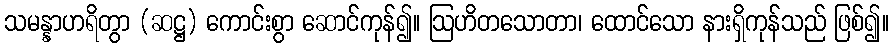
သမန္နာဟရိတွာ (ဆဋ္ဌ) ကောင်းစွာ ဆောင်ကုန်၍။ ဩဟိတသောတာ၊ ထောင်သော နားရှိကုန်သည် ဖြစ်၍။